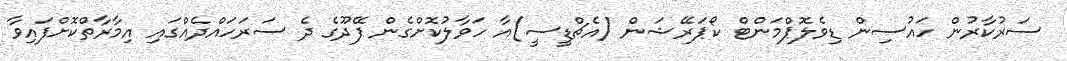
ސަރުކާރުން ހައުސިން ޑިވެލޮޕްމަންޓް ކޯޕަރޭޝަން (އެޗްޑީސީ)އާ ހަވާލުކޮށްގެން ފޭދޫގެ ދެ ސަރަހައްދެއްގައި އިމާރާތްކޮށްފައިވާ